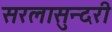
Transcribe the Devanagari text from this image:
सरलासुन्दरी